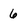
Character: 6